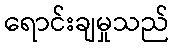
ရောင်းချမှုသည်